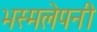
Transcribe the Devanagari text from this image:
भस्मलेपनी